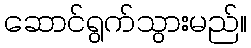
ဆောင်ရွက်သွားမည်။